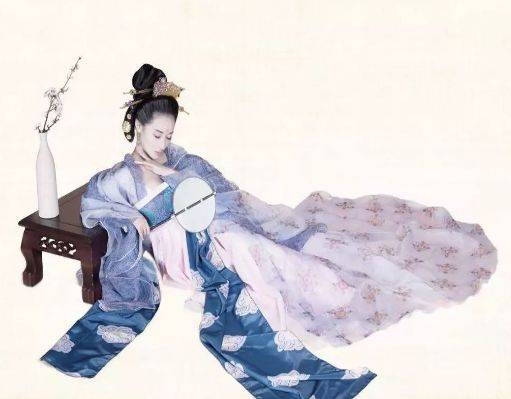
玉碗冰寒滴露华，粉融香雪透轻纱。